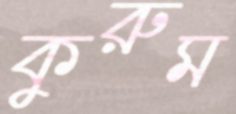
কুরুম